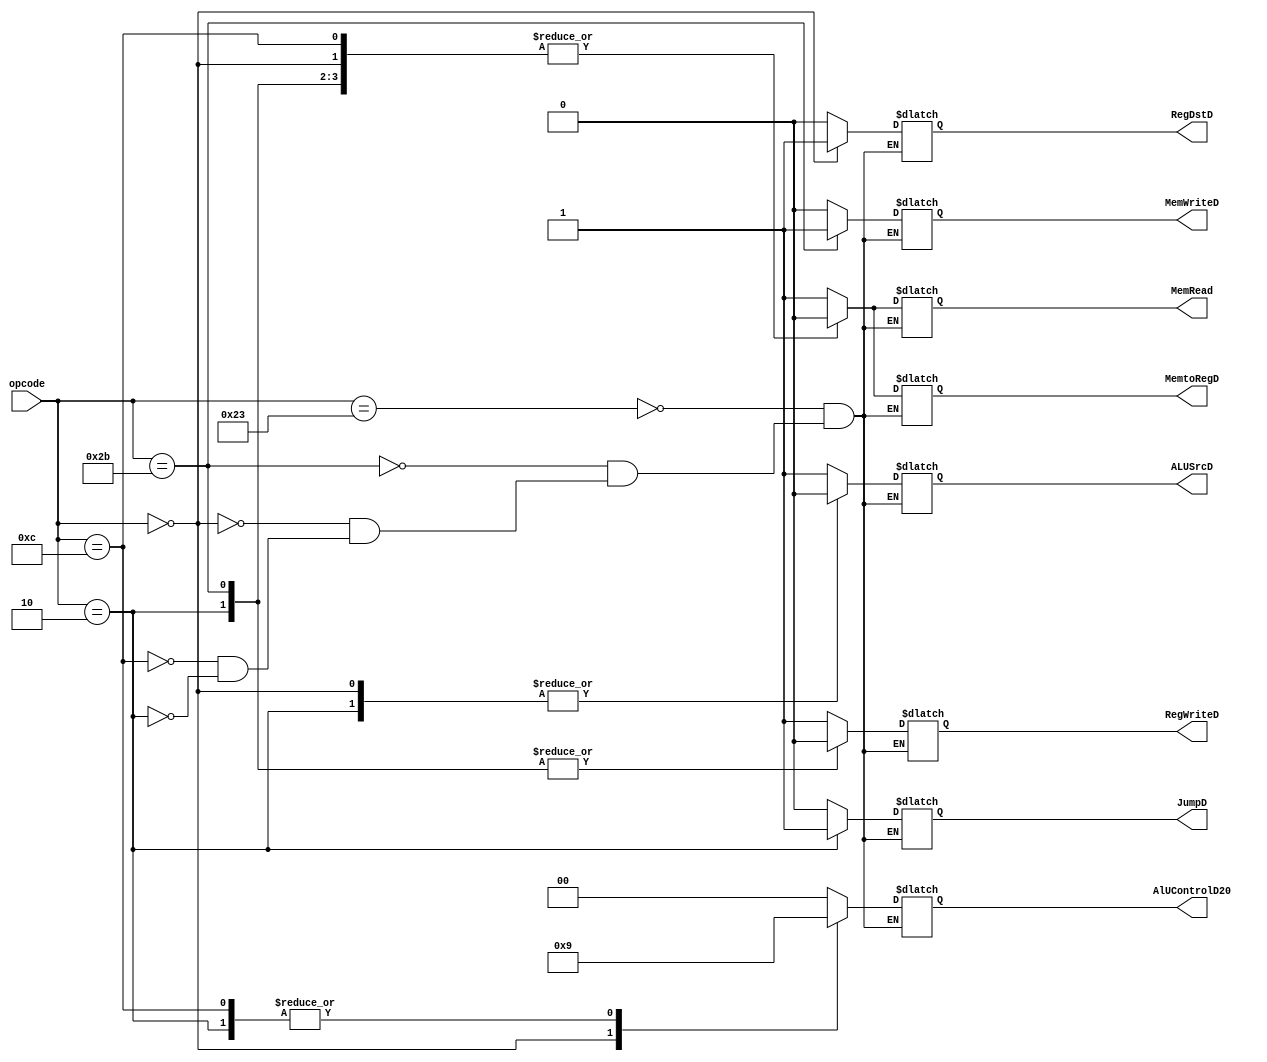
`timescale 1ns / 1ps
//////////////////////////////////////////////////////////////////////////////////
// Company: 
// Engineer: 
// 
// Design Name: 
// Module Name: controlunit
// Project Name: 
// Target Devices: 
// Tool Versions: 
// Description: 
// 
// Dependencies: 
// 
// Revision:
// Revision 0.01 - File Created
// Additional Comments:
// 
//////////////////////////////////////////////////////////////////////////////////


module controlunit(
       input [5:0] opcode,
    output reg RegWriteD,
     output reg MemtoRegD,
      output reg MemWriteD,
       output reg[1:0] AlUControlD20,
        output reg ALUSrcD,
         output reg RegDstD,
         output reg JumpD,
         output reg MemRead
    );
// you have to add function code as input too  
     
    always@(opcode)
    begin
     case(opcode)
     6'b100011:begin   // load word
     RegDstD <=0 ;
     ALUSrcD <=1;
     MemtoRegD <= 1;
     RegWriteD <=1;
     MemRead <=1;
     MemWriteD <=0;
     JumpD <=0;
     AlUControlD20 <= 2'b00;
     end
       6'b101011:begin    // store word
     RegDstD <=0 ; // Don't Care
     ALUSrcD <=1;
     MemtoRegD <= 0; // Don't Care
     RegWriteD <=0;
     MemRead <=0;
     MemWriteD <=1;
     JumpD <=0;
     AlUControlD20 <= 2'b00;
     end

      6'b000000:begin // R-type instruction (or)
     RegDstD <=1 ;
     ALUSrcD <=0;
     MemtoRegD <= 0;
     RegWriteD <=1;
     MemRead <=0;
     MemWriteD <=0;
     JumpD <=0;
     AlUControlD20 <= 2'b10;
     end

      6'b001100:begin // ANDI
     RegDstD <=0 ;
     ALUSrcD <=1;
     MemtoRegD <= 0;
     RegWriteD <=1;
     MemRead <=0;
     MemWriteD <=0;
     JumpD <=0;
     AlUControlD20 <= 2'b01;
     end

      6'b000010:begin   // jump 
     RegDstD <=0 ; // dont'care
     ALUSrcD <=0; // dont care  
     MemtoRegD <= 0;  // dont care
     RegWriteD <=0;    
     MemRead <=0;
     MemWriteD <=0;
     JumpD <=1;
     AlUControlD20 <= 2'b01;
     end




         
     endcase
     end
     
 
    
    
    
endmodule